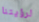
لرؤيتنا